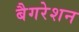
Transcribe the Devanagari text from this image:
बैगरेशन